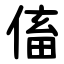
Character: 傗